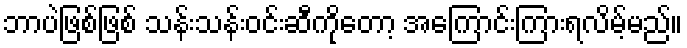
ဘာပဲဖြစ်ဖြစ် သန်းသန်းဝင်းဆီကိုတော့ အကြောင်းကြားရလိမ့်မည်။